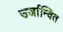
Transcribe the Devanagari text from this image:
उर्जान्वित